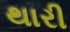
થારી